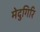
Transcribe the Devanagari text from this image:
मेदुगिरि